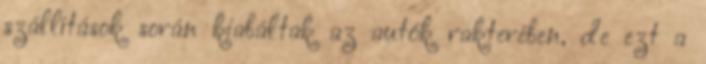
szállítások során kiabáltak az autók rakterében, de ezt a